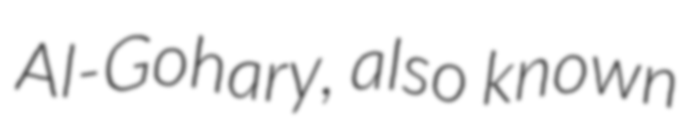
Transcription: Al-Gohary, also known